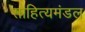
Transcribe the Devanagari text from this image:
साहित्यमंडल